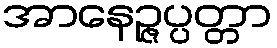
အာနေဉ္ဇပ္ပတ္တာ